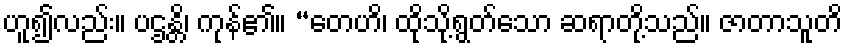
ဟူ၍လည်း။ ပဌန္တိ၊ ကုန်၏။ “တေဟိ၊ ထိုသို့ရွတ်သော ဆရာတို့သည်။ ဇာတာသူတိ